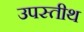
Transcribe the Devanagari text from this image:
उपस्तीथ